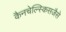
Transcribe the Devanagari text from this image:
कैनचेल्स्किसजैसे